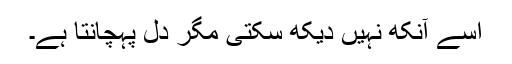
اسے آنکھ نہیں دیکھ سکتی مگر دل پہچانتا ہے۔